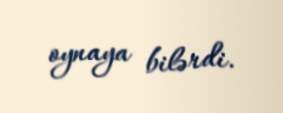
oynaya bilərdi.